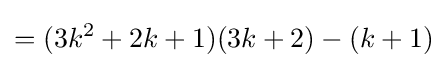
=(3k^{2}+2k+1)(3k+2)-(k+1)